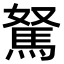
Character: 駑